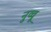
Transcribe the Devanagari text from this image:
नुव्वू